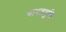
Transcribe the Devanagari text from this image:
भारतमुनि